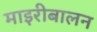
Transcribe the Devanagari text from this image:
माइरीबालन